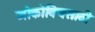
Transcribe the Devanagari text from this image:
जोकोविचसाठी